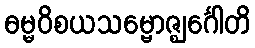
ဓမ္မဝိစယသမ္ဗောဇ္ဈင်္ဂေါတိ